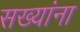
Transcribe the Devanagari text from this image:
सख्यांना